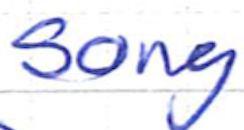
Text: song
Cross-out: clean
Writing tool: ballpoint